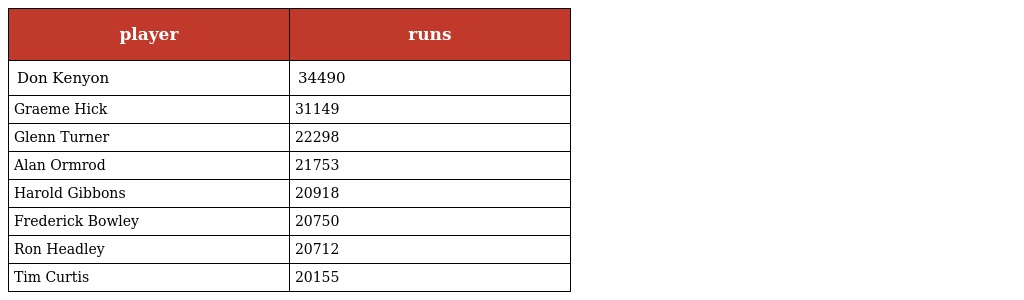
| player | runs |
 | --- | --- |
 | Don Kenyon | 34490 |
 | Graeme Hick | 31149 |
 | Glenn Turner | 22298 |
 | Alan Ormrod | 21753 |
 | Harold Gibbons | 20918 |
 | Frederick Bowley | 20750 |
 | Ron Headley | 20712 |
 | Tim Curtis | 20155 |